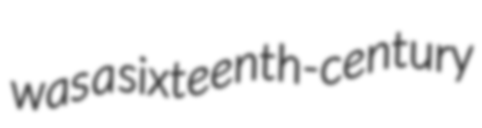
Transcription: was a sixteenth-century